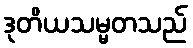
ဒုတိယသမ္မတသည်